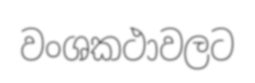
වංශකථාවලට